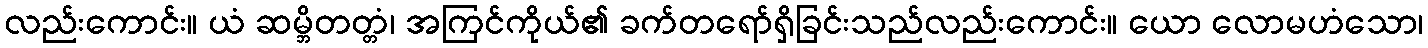
လည်းကောင်း။ ယံ ဆမ္ဘိတတ္တံ၊ အကြင်ကိုယ်၏ ခက်တရော်ရှိခြင်းသည်လည်းကောင်း။ ယော လောမဟံသော၊